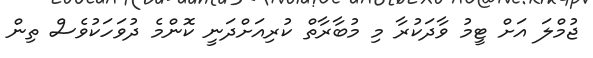
ޖުމްލަ އަށް ޓީމު ވާދަކުރާ މި މުބާރާތް ކުރިއަށްދަނީ ކޮންމެ ދުވަހަކުވެސް ތިން